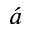
\acute { a }